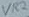
Text: VR2